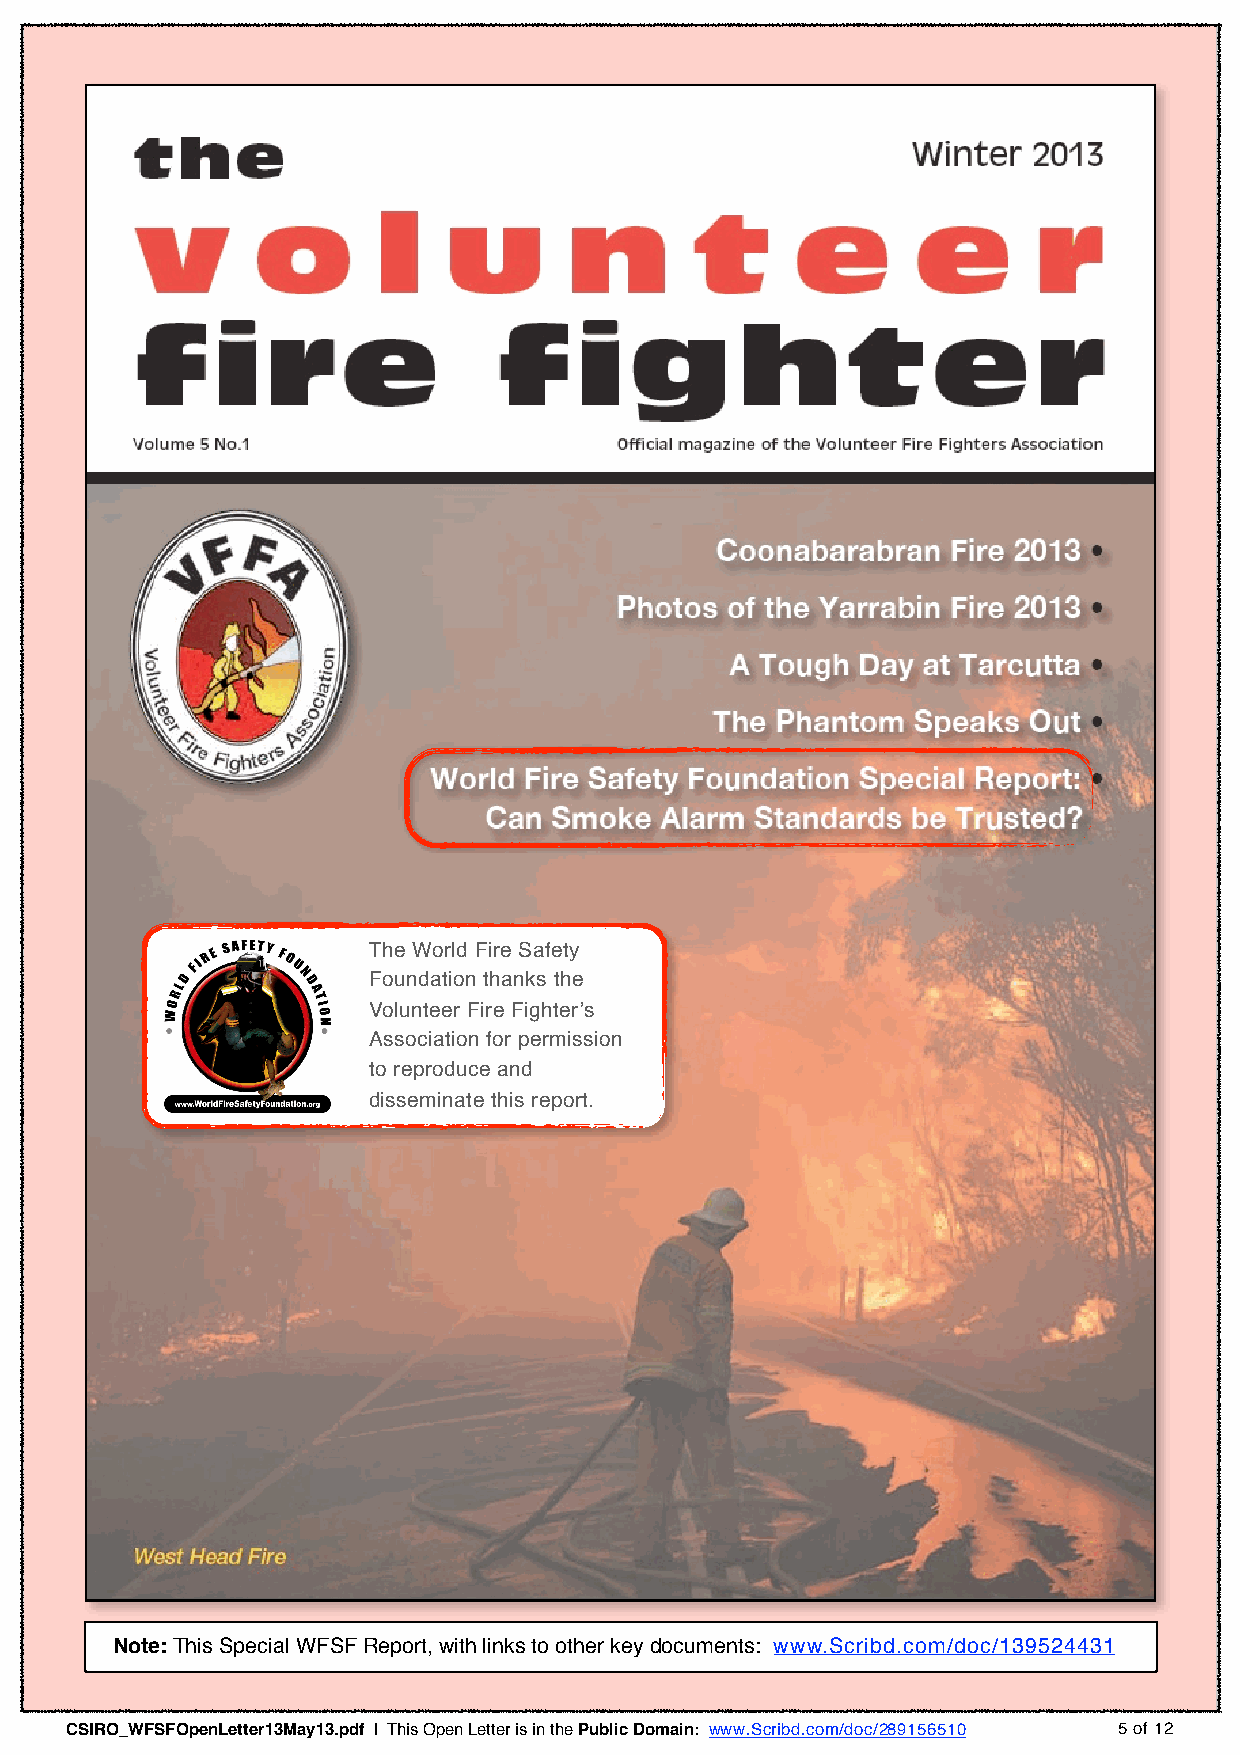
The World Fire Safety
 Foundation thanks the
 Volunteer Fire Fighter’s
 Association for permission
 to reproduce and
 disseminate this report.
 Note: This Special WFSF Report, with links to other key documents: www.Scribd.com/doc/139524431
 CSIRO_WFSFOpenLetter13May13.pdf | This Open Letter is in the Public Domain: www.Scribd.com/doc/289156510 5 of 12